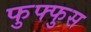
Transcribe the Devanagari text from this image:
फुफ्‍फुस